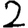
Digit: 2